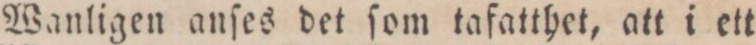
Wanligen anſes det ſom tafatthet, att i ett